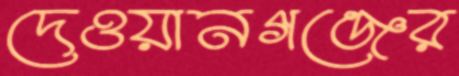
দেওয়ানগঞ্জের